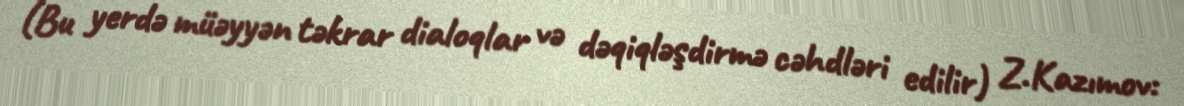
(Bu yerdə müəyyən təkrar dialoqlar və dəqiqləşdirmə cəhdləri edilir) Z.Kazımov: